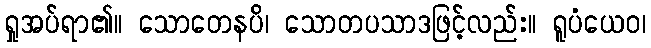
ရှုအပ်ရာ၏။ သောတေနပိ၊ သောတပသာဒဖြင့်လည်း။ ရူပံယေဝ၊